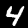
Label: 4